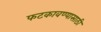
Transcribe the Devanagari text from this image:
फटकावण्यासाठी